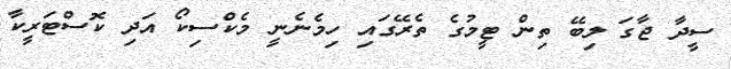
ސީދާ ޖާގަ ލިބޭ ތިން ޓީމުގެ ތެރޭގައި ހިމެނެނީ މެކްސިކޯ އަދި ކޮސްޓަރީކާ